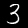
Digit: 3